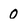
Character: 0